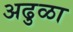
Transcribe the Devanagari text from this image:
अढुळा